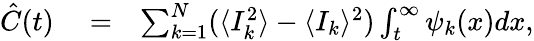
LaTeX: \begin{array}{rlr}{\hat{C}(t)}&{{}=}&{\sum_{k=1}^{N}(\langle I_{k}^{2}\rangle-\langle I_{k}\rangle^{2})\int_{t}^{\infty}\psi_{k}(x)dx,}\end{array}